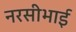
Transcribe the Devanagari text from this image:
नरसीभाई